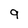
Character: 9